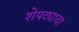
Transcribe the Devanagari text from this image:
शेपट्याचा